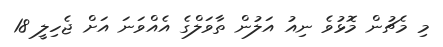
މި މެޗުން މޮޅުވެ ނިއު އަލުން ތާވަލްގެ އެއްވަނަ އަށް ޖެހިލީ 18